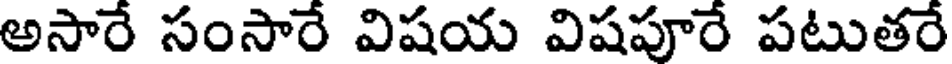
అసారే సంసారే విషయ విషపూరే పటుతరే